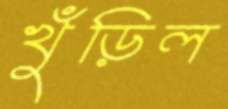
খুঁড়িল